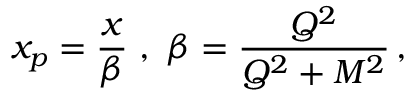
x _ { p } = { \frac { x } { \beta } } \, \, , \, \, \beta = { \frac { Q ^ { 2 } } { Q ^ { 2 } + M ^ { 2 } } } \, ,